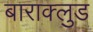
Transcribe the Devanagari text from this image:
बाराक्लुड